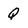
Character: Q